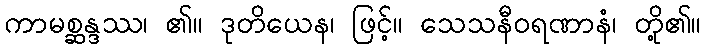
ကာမစ္ဆန္ဒဿ၊ ၏။ ဒုတိယေန၊ ဖြင့်။ သေသနီဝရဏာနံ၊ တို့၏။